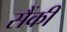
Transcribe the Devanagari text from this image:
सैंकी